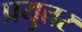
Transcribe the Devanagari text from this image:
प्रयुत्तर